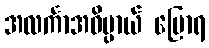
အလင်္ကာအဓိပ္ပာယ် ပြောရ